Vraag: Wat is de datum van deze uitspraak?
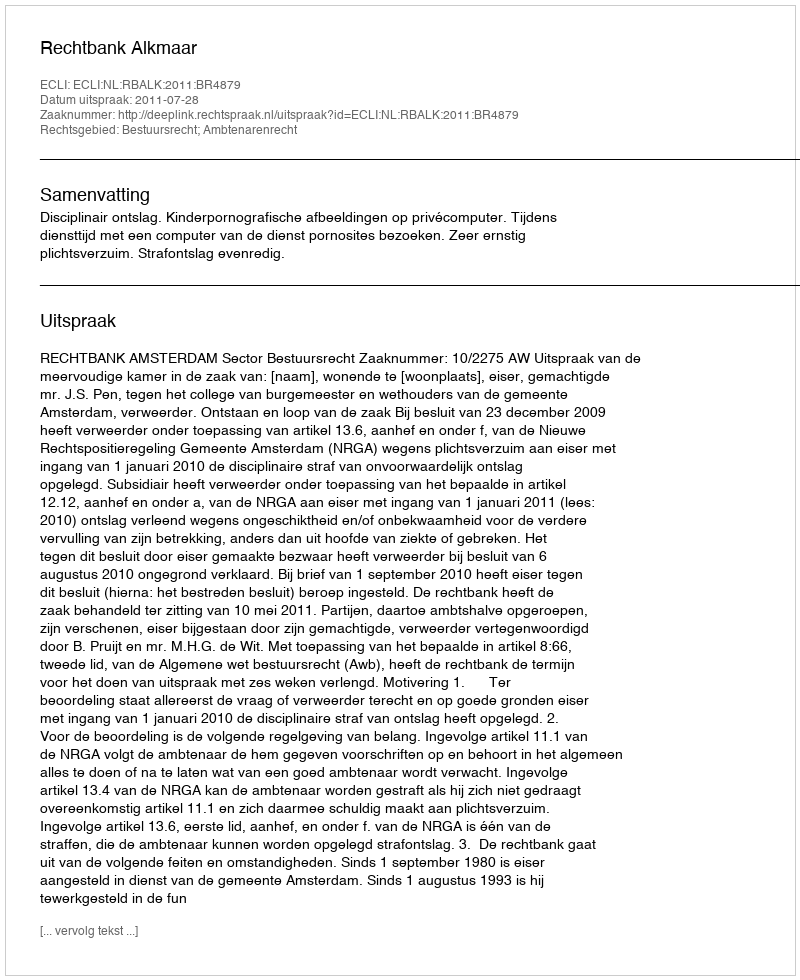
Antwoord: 2011-07-28